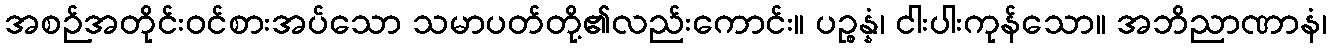
အစဉ်အတိုင်းဝင်စားအပ်သော သမာပတ်တို့၏လည်းကောင်း။ ပဉ္စန္နံ၊ ငါးပါးကုန်သော။ အဘိညာဏာနံ၊